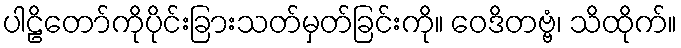
ပါဠိတော်ကိုပိုင်းခြားသတ်မှတ်ခြင်းကို။ ဝေဒိတဗ္ဗံ၊ သိထိုက်။